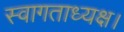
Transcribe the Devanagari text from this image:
स्वागताध्यक्ष।